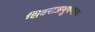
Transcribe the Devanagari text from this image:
शिवराजभूषणास